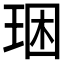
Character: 𤥳